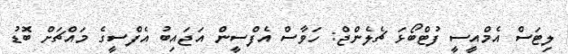
ލިޓަސް އެމްއީސީ ފުޓްބޯޅަ ޗެލެންޖް: ހަވާސް އެފްސީން އަޖައިބު އެފްސީގެ މައްޗަށް ބޮޑު